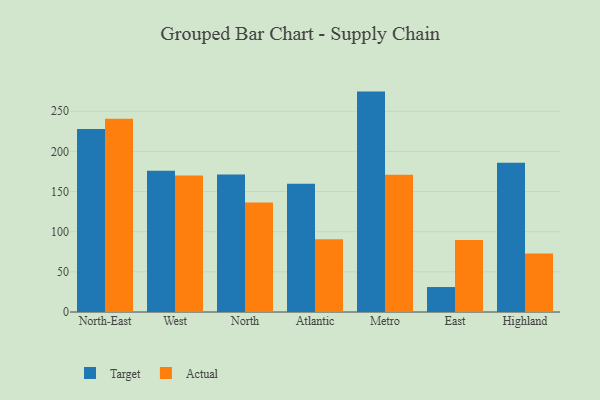
{"axis": {"x": "Region", "y": "Bounce Rate (%)"}, "legend": ["Actual", "Target"], "data": [{"x": "North-East", "y": 227.8, "type": "Target"}, {"x": "North-East", "y": 240.6, "type": "Actual"}, {"x": "West", "y": 175.8, "type": "Target"}, {"x": "West", "y": 169.9, "type": "Actual"}, {"x": "North", "y": 171.1, "type": "Target"}, {"x": "North", "y": 136.3, "type": "Actual"}, {"x": "Atlantic", "y": 159.7, "type": "Target"}, {"x": "Atlantic", "y": 90.5, "type": "Actual"}, {"x": "Metro", "y": 274.5, "type": "Target"}, {"x": "Metro", "y": 171.0, "type": "Actual"}, {"x": "East", "y": 31.1, "type": "Target"}, {"x": "East", "y": 89.8, "type": "Actual"}, {"x": "Highland", "y": 185.8, "type": "Target"}, {"x": "Highland", "y": 72.8, "type": "Actual"}]}